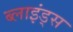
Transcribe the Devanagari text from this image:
ब्लाइंड्स